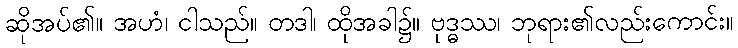
ဆိုအပ်၏။ အဟံ၊ ငါသည်။ တဒါ၊ ထိုအခါ၌။ ဗုဒ္ဓဿ၊ ဘုရား၏လည်းကောင်း။